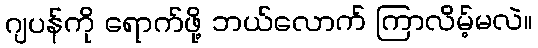
ဂျပန်ကို ရောက်ဖို့ ဘယ်လောက် ကြာလိမ့်မလဲ။